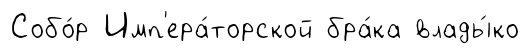
Собо́р Имп'ера́торской бра́ка влады́ко